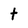
Character: t